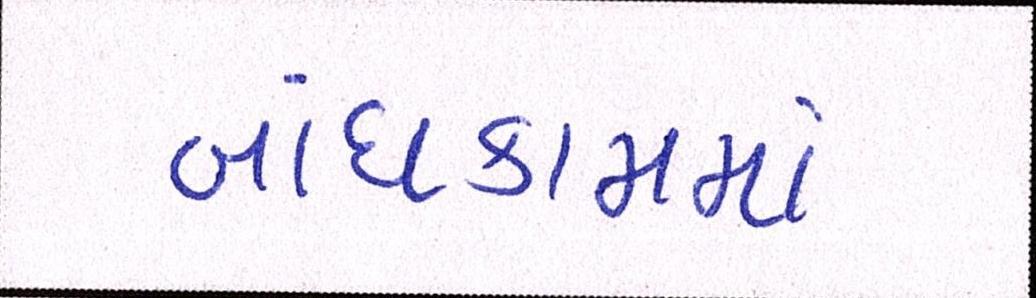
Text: બાંધકામમાં